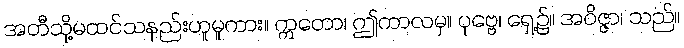
အတီသို့မထင်သနည်းဟူမူကား။ ဣတော၊ ဤကာလမှ။ ပုဗ္ဗေ၊ ရှေ့၌။ အဝိဇ္ဇာ၊ သည်။